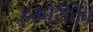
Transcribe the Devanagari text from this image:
इम्पेरेटिव